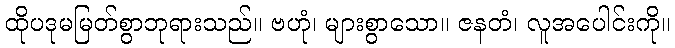
ထိုပဒုမမြတ်စွာဘုရားသည်။ ဗဟုံ၊ များစွာသော။ ဇနတံ၊ လူအပေါင်းကို။